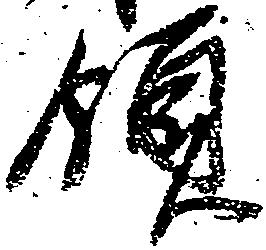
領